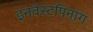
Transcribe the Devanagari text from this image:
इनवेस्टपिनांग